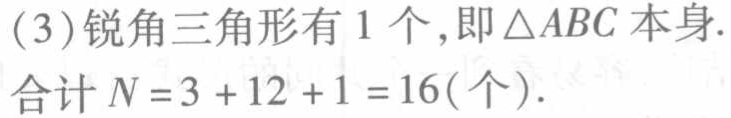
(3)锐角三角形有 1 个,即\(\triangle ABC\)本身.
合计\(N = 3 + 12 + 1 = 16(\text{个})\).